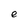
Character: e